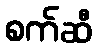
စက်ဆီ